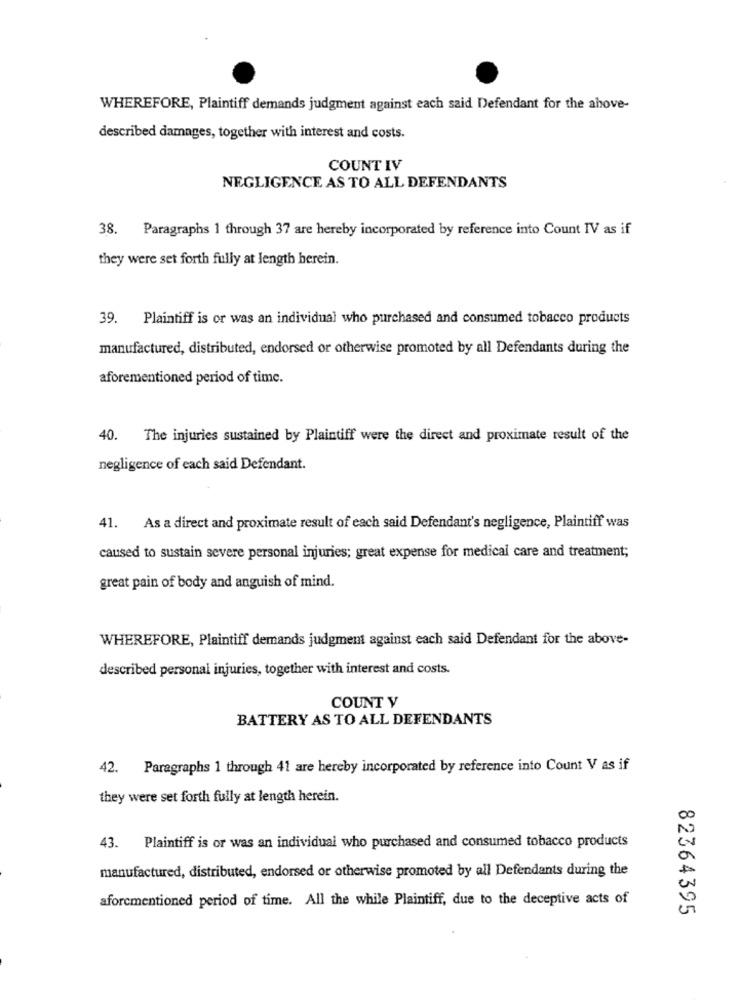
WHEREFORE, Plaintiff demands judgment against each said Defendant for the above-
described damages, together with interest and costs.
COUNT IV
NEGLIGENCE AS TO ALL DEFENDANTS
38. Paragraphs 1 through 37 are hereby incorporated by reference into Count IV as if
they were set forth fully at length herein.
39. Plaintiff is or was an individual who purchased and consumed tobacco products
manufactured, distributed, endorsed or otherwise promoted by all Defendants during the
aforementioned period of time.
40. The injuries sustained by Plaintiff were the direct and proximate result of the
negligence of each said Defendant.
41.
As a direct and proximate result of each said Defendant's negligence, Plaintiff was
caused to sustain severe personal injuries; great expense for medical care and treatment;
great pain of body and anguish of mind.
WHEREFORE, Plaintiff demands judgment against each said Defendant for the above-
described personal injuries, together with interest and costs.
COUNT V
BATTERY AS TO ALL DEFENDANTS
42. Paragraphs 1 through 41 are hereby incorporated by reference into Count V as if
they were set forth fully at length herein.
43. Plaintiff is or was an individual who purchased and consumed tobacco products
manufactured, distributed, endorsed or otherwise promoted by all Defendants during the
aforementioned period of time. All the while Plaintiff, due to the deceptive acts of
82364395